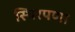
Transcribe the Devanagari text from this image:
स्थिरपणा